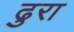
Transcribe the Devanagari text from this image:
ढुरा